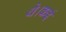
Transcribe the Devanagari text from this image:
थे।कई